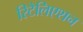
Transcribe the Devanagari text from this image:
रिटैलिएशन